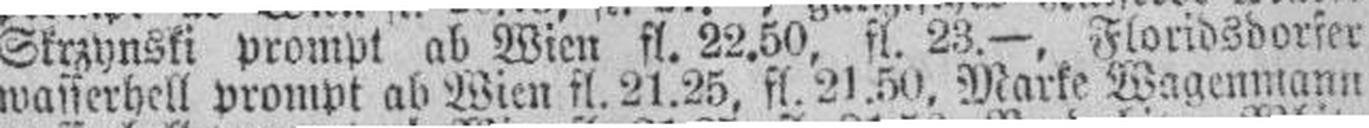
wasserhell prompt ab Wien fl. 21.25, fl. 21,50. Marke Wagernmann